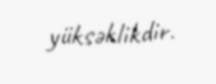
yüksəklikdir.